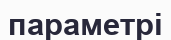
параметрі